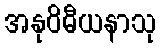
အနုဝိဓီယနာသု